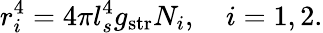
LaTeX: r_{i}^{4}=4\pi l_{s}^{4}g_{\mathrm{str}}N_{i},\quad i=1,2.